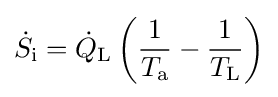
{\dot {S}}_{\text{i}}={\dot {Q}}_{\text{L}}\left({\frac {1}{T_{\text{a}}}}-{\frac {1}{T_{\text{L}}}}\right)